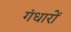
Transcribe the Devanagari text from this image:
गंधारों